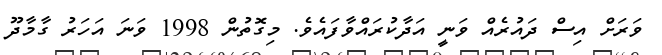
ވަރަށް އިސް ދައުރެއް ވަނީ އަދާކުރައްވާފައެވެ. މިގޮތުން 1998 ވަނަ އަހަރު ގާމާދޫ